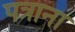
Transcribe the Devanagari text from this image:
पत्राना